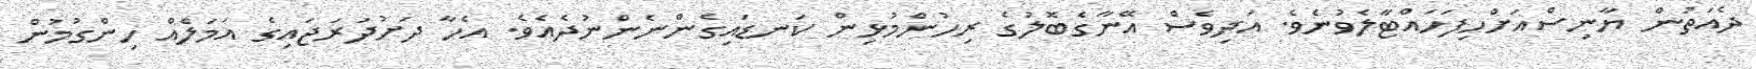
ދެއަތުން ޔާނިސްއަށްހިފަހައްޓާލެވުނެވެ. އަދިވެސް އޭނާގެބޮލުގެ ރިހުންމުޅިން ކަނޑައިގެންނެންނުދެއެވެ. އެހާ ދަށުދަރަޖައިގެ އަމަލެއް ހިންގުމުން